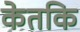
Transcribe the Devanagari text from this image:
केतकि